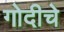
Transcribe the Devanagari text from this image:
गोदीचे